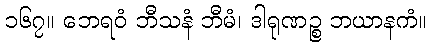
၁၆၇။ ဘေရဝံ ဘီသနံ ဘီမံ၊ ဒါရုဏဉ္စ ဘယာနကံ။